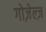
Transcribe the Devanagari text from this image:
गोज़ेल्ज़